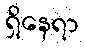
ရှိနေရာ